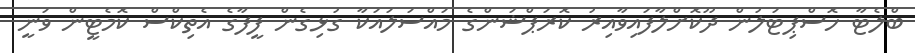
ބްލެޓާ ހޮސްޕިޓަލުން ދޫކޮށްލާފައިވާއިރު ކޮރަޕްޝަންގެ މައްސަލައަކާ ގުޅިގެން ފީފާގެ އެތިކްސް ކޮމެޓީން ވަނީ